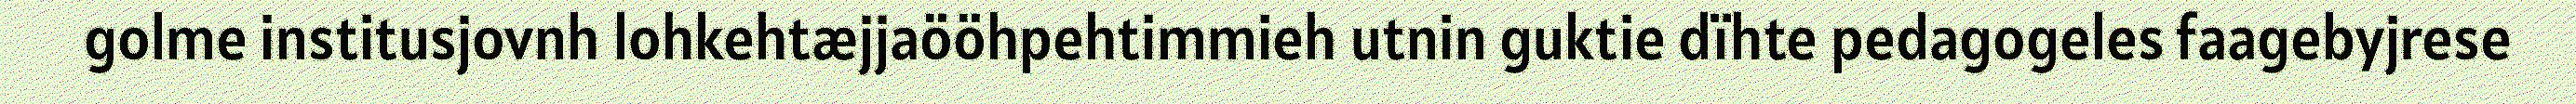
golme institusjovnh lohkehtæjjaööhpehtimmieh utnin guktie dïhte pedagogeles faagebyjrese